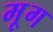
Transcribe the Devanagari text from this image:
मृ्ग